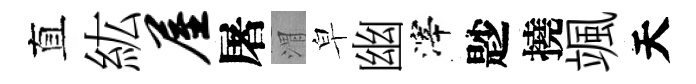
直紘屋屠渭皁幽滓尟撓颯天